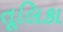
તૂલિકા